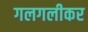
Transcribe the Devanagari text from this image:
गलगलीकर